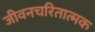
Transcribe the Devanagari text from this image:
जीवनचरितात्मक